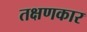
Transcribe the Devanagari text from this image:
तक्षणकार